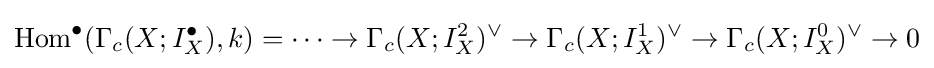
\mathrm {Hom} ^{\bullet }(\Gamma _{c}(X;I_{X}^{\bullet }),k)=\cdots \to \Gamma _{c}(X;I_{X}^{2})^{\vee }\to \Gamma _{c}(X;I_{X}^{1})^{\vee }\to \Gamma _{c}(X;I_{X}^{0})^{\vee }\to 0